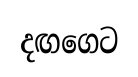
දඟගෙට